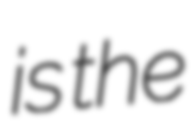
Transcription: is the